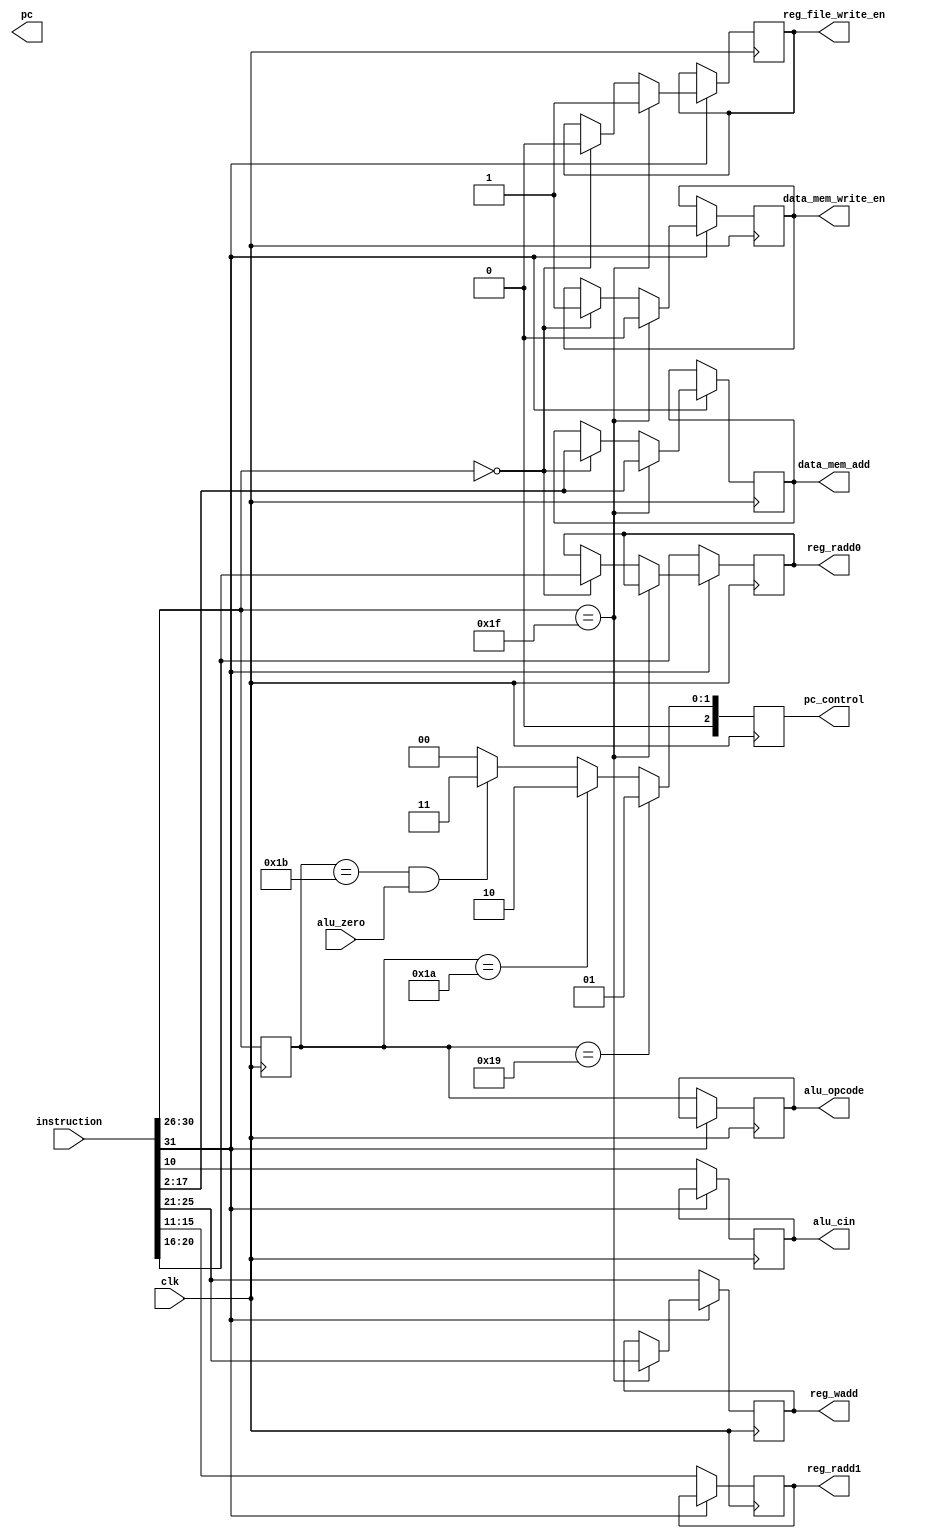
`timescale 1ns / 1ps
module control_unit(
		clk,
		instruction,
		data_mem_write_en,
		reg_file_write_en,
		alu_opcode,
		pc_control,
		alu_zero,
		reg_radd0,
		reg_radd1,
		reg_wadd,
		data_mem_add,
		pc,
		alu_cin
	);
	input	[31:0]	instruction;
	input		alu_zero;
	input 		clk;
	
	output	[4:0]	reg_radd0;
	output	[4:0]	reg_radd1;
	output	[4:0]	reg_wadd;
	output	[15:0]	data_mem_add;
	output          alu_cin;
	
	output		data_mem_write_en;
	output		reg_file_write_en;
	output	[4:0]	alu_opcode;
	output	[2:0]	pc_control;
	//output	[31:0]	reg_file_wdata;
	reg	[4:0]	reg_radd0;
	reg	[4:0]	reg_radd1;
	reg	[4:0]	reg_wadd;
	reg	[15:0]	data_mem_add;
	reg		data_mem_write_en;
	reg		reg_file_write_en;
	reg	[4:0]	alu_opcode;
	reg	[2:0]	pc_control;
	reg	[31:0]	reg_file_wdata;
	reg	[25:0]	address;
	output	[31:0]		pc;
	reg	[4:0]	opcode;
	reg         alu_cin;
	
	
	always@(posedge clk)
	begin
		$display($time," Opcode = %b\n",opcode);
		
		if(instruction[31] == 1'b0)
		begin	
			opcode <= instruction[30:26];
			reg_radd0 <= instruction[20:16];
			reg_radd1 <= instruction[15:11];
			reg_wadd  <= instruction[25:21];
			alu_opcode <= opcode;
			alu_cin   <= instruction[10];
		end
		else
		begin
			if(instruction[30:26] == 5'b11111)
			begin
				reg_file_write_en <= 1'b1;
				data_mem_write_en <= 1'b0;
				reg_wadd <= instruction[25:21];
				data_mem_add <= instruction[17:2];				
			end
			else if(instruction[30:26] == 5'b00000)
			begin
				reg_file_write_en <= 1'b0;
				data_mem_write_en <= 1'b1;
				reg_radd0 <= instruction[20:16];
				data_mem_add <= instruction[17:2];
			end
		end
		//PC Control
		opcode <= instruction[30:26];
		#0.5
		if(opcode == 5'b11001)	begin
			pc_control <= 3'b001;
		end
		else if(opcode == 5'b11010)	begin
			pc_control <= 3'b010;
		end
		else if(opcode == 5'b11011 & alu_zero == 1'b1)	begin
			pc_control <= 3'b011;
		end
		else	begin
			pc_control <= 3'b000;
		end
			
	end	

endmodule